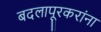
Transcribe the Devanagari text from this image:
बदलापूरकरांना